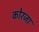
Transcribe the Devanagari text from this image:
कोरजा